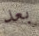
بعد